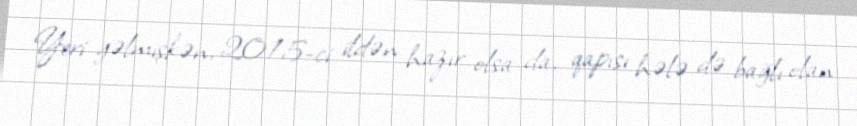
Yeri gəlmişkən, 2015-ci ildən hazır olsa da, qapısı hələ də bağlı olan